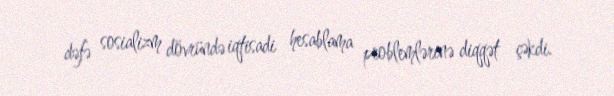
dəfə sosializm dövründə iqtisadi hesablama problemlərinə diqqət çəkdi.